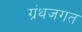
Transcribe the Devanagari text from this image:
ग्रंथजगत